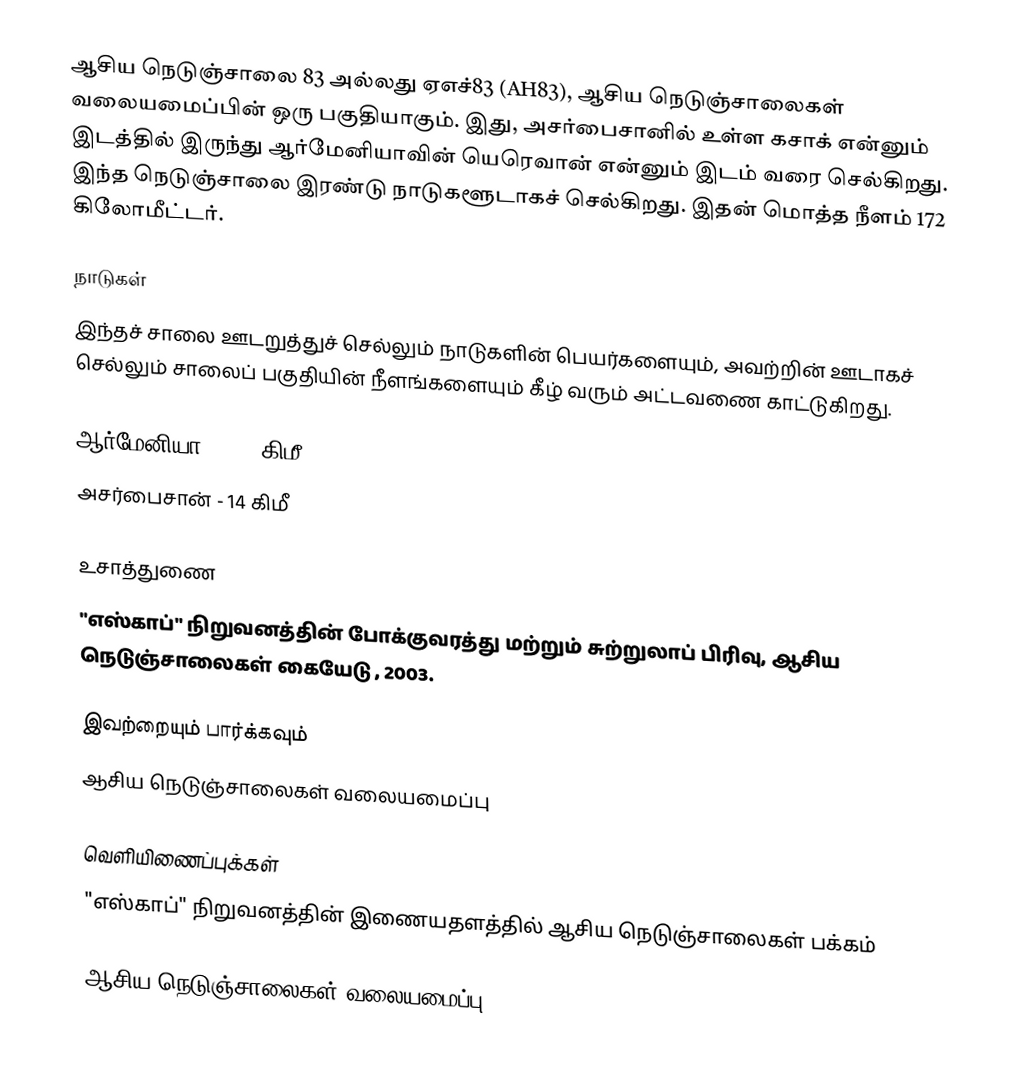
ஆசிய நெடுஞ்சாலை 83 அல்லது ஏஎச்83 (AH83), ஆசிய நெடுஞ்சாலைகள் வலையமைப்பின் ஒரு பகுதியாகும். இது, அசர்பைசானில் உள்ள கசாக் என்னும் இடத்தில் இருந்து ஆர்மேனியாவின் யெரெவான் என்னும் இடம் வரை செல்கிறது. இந்த நெடுஞ்சாலை இரண்டு நாடுகளூடாகச் செல்கிறது. இதன் மொத்த நீளம் 172 கிலோமீட்டர்.

நாடுகள்
இந்தச் சாலை ஊடறுத்துச் செல்லும் நாடுகளின் பெயர்களையும், அவற்றின் ஊடாகச் செல்லும் சாலைப் பகுதியின் நீளங்களையும் கீழ் வரும் அட்டவணை காட்டுகிறது.

 ஆர்மேனியா - 158 கிமீ
 அசர்பைசான் - 14 கிமீ

உசாத்துணை
 "எஸ்காப்" நிறுவனத்தின் போக்குவரத்து மற்றும் சுற்றுலாப் பிரிவு, ஆசிய நெடுஞ்சாலைகள் கையேடு , 2003.

இவற்றையும் பார்க்கவும்
 ஆசிய நெடுஞ்சாலைகள் வலையமைப்பு

வெளியிணைப்புக்கள்
 "எஸ்காப்" நிறுவனத்தின் இணையதளத்தில் ஆசிய நெடுஞ்சாலைகள் பக்கம்

 ஆசிய நெடுஞ்சாலைகள் வலையமைப்பு